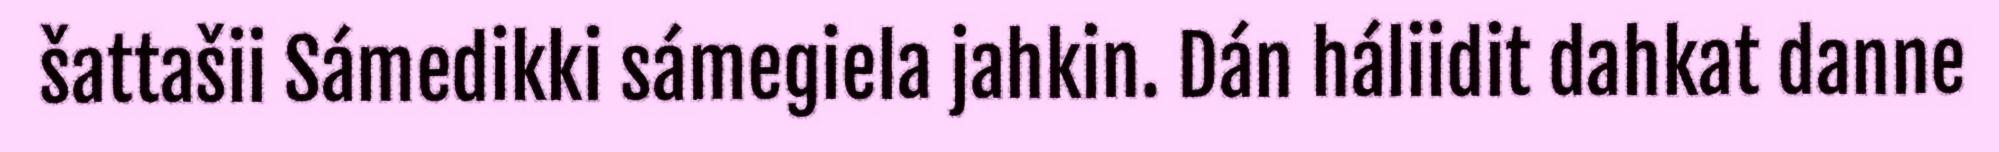
šattašii Sámedikki sámegiela jahkin. Dán háliidit dahkat danne